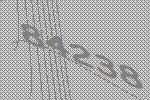
84238